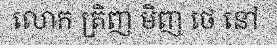
លោក ត្រិញ មិញ ថេ នៅ